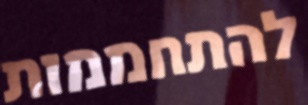
להתחממות